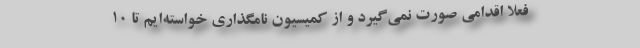
فعلاً اقدامی صورت نمی‌گیرد و از کمیسیون نامگذاری خواسته‌ایم تا ۱۰